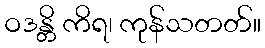
ဝဒန္တိ ကိရ၊ ကုန်သတတ်။